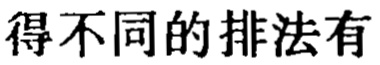
得不同的排法有